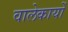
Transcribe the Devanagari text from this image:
वालेकार्यों